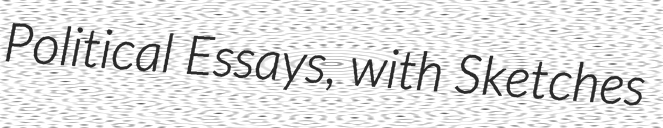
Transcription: Political Essays, with Sketches